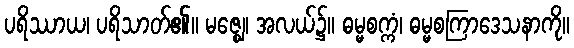
ပရိဿာယ၊ ပရိသာတ်၏။ မဇ္ဈေ၊ အလယ်၌။ ဓမ္မစက္ကံ၊ ဓမ္မစကြာဒေသနာကို။